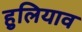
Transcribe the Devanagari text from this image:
हुलियाव